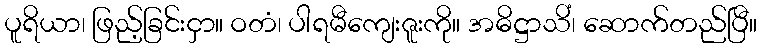
ပူရိယာ၊ ဖြည့်ခြင်းငှာ။ ဝတံ၊ ပါရမီကျေးဇူးကို။ အဓိဋ္ဌာသိံ၊ ဆောက်တည်ပြီ။